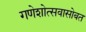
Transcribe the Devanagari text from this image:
गणेशोत्सवासोबत